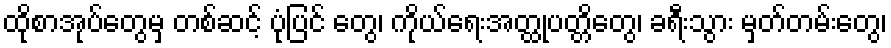
ထိုစာအုပ်တွေမှ တစ်ဆင့် ပုံပြင် တွေ၊ ကိုယ်ရေးအတ္ထုပတ္တိတွေ၊ ခရီးသွား မှတ်တမ်းတွေ၊